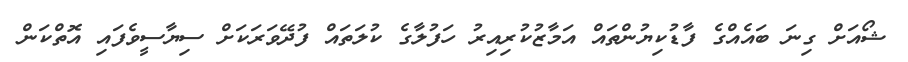
ޝޯއަށް ގިނަ ބައެއްގެ ފާޑުކިޔުންތައް އަމާޒުކުރިއިރު ހަފުލާގެ ކުލަތައް ފުދޭވަރަކަށް ސިޔާސީވެފައި އޮތްކަން